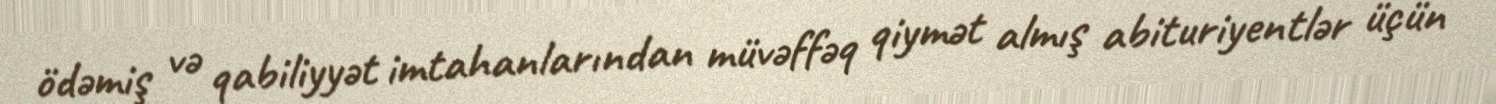
ödəmiş və qabiliyyət imtahanlarından müvəffəq qiymət almış abituriyentlər üçün